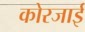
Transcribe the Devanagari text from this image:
कोरजाई